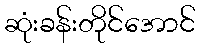
ဆုံးခန်းတိုင်အောင်